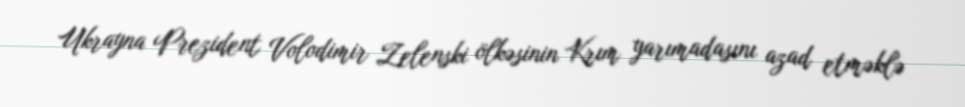
Ukrayna Prezident Volodimir Zelenski ölkəsinin Krım yarımadasını azad etməklə